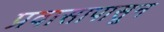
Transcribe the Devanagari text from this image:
प्रवासापासून